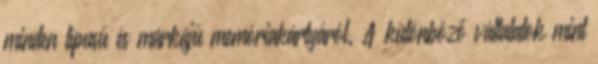
minden típusú és márkájú memóriakártyáról. A különböző vállalatok mint